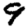
Digit: 9